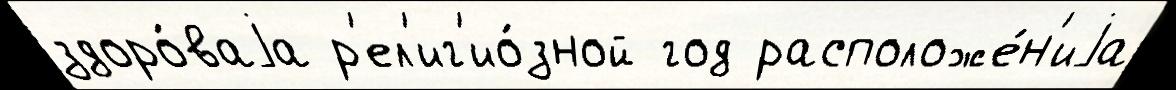
здоро́ваjа р'ел'иг'ио́зной год расположе́н'иjа